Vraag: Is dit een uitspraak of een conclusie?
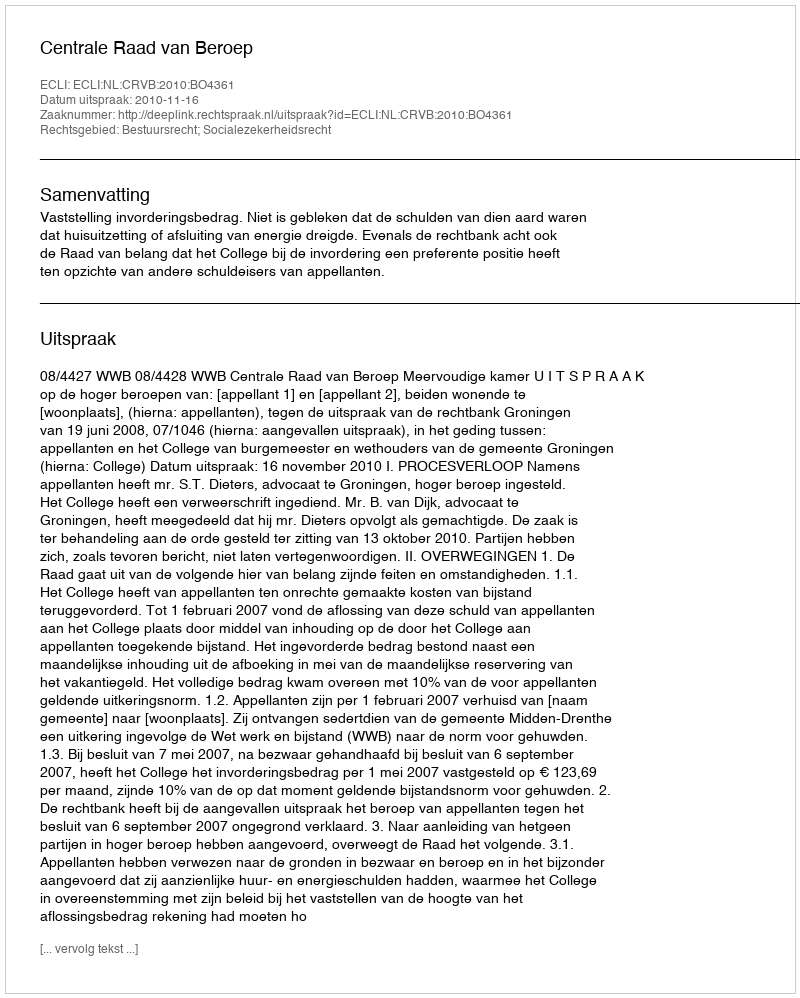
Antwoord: Uitspraak